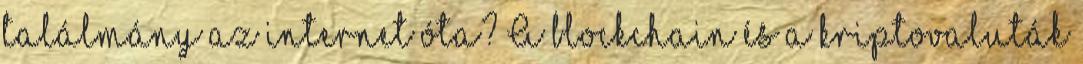
találmány az internet óta? A blockchain és a kriptovaluták